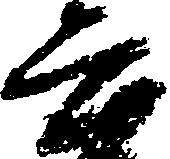
六